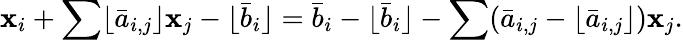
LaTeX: \mathbf{x}_{i}+\sum\lfloor{\bar{{a}}}_{i,j}\rfloor\mathbf{x}_{j}-\lfloor{\bar{{b}}}_{i}\rfloor={\bar{{b}}}_{i}-\lfloor{\bar{{b}}}_{i}\rfloor-\sum({\bar{{a}}}_{i,j}-\lfloor{\bar{{a}}}_{i,j}\rfloor)\mathbf{x}_{j}.